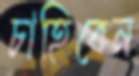
চাহিবেন